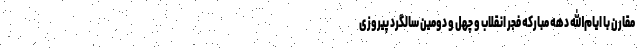
مقارن با ایام‌الله دهه مبارکه فجر انقلاب و چهل و دومین سالگرد پیروزی